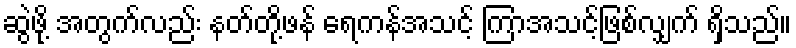
ဆွဲဖို့ အတွက်လည်း နတ်တို့ဖန် ရေကန်အသင့် ကြာအသင့်ဖြစ်လျှက် ရှိသည်။